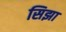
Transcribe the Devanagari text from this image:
सिझा